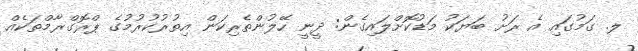
ލ. ގަމުގައި އެ ރަށު ބަޔަކު މަޑުކޮށްލައިގެން: ދީނީ ހޭލުންތެރިކަން އިތުރުކުރުމުގެ ޕްރޮގްރާމްތަކެއް